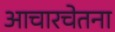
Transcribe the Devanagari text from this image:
आचारचेतना